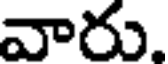
వారు.